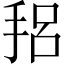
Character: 𫼴